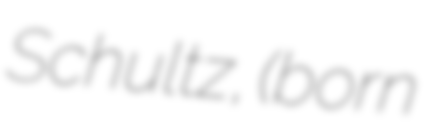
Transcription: Schultz, (born